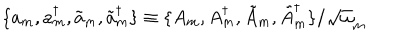
LaTeX: \{ a _ { m } , a _ { m } ^ { \dagger } , \tilde { a } _ { m } , \tilde { a } _ { m } ^ { \dagger } \} \equiv \{ A _ { m } , A _ { m } ^ { \dagger } , \tilde { A } _ { m } , \tilde { A } _ { m } ^ { \dagger } \} / { \sqrt \omega _ { m } }